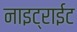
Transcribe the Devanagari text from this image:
नाइट्राईट